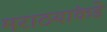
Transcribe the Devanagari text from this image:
मराठयांकडे